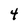
Character: 4